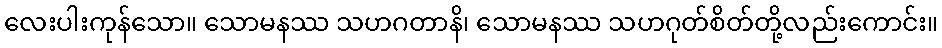
လေးပါးကုန်သော။ သောမနဿ သဟဂတာနိ၊ သောမနဿ သဟဂုတ်စိတ်တို့လည်းကောင်း။